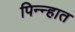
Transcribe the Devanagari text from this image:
पिन्न्हात